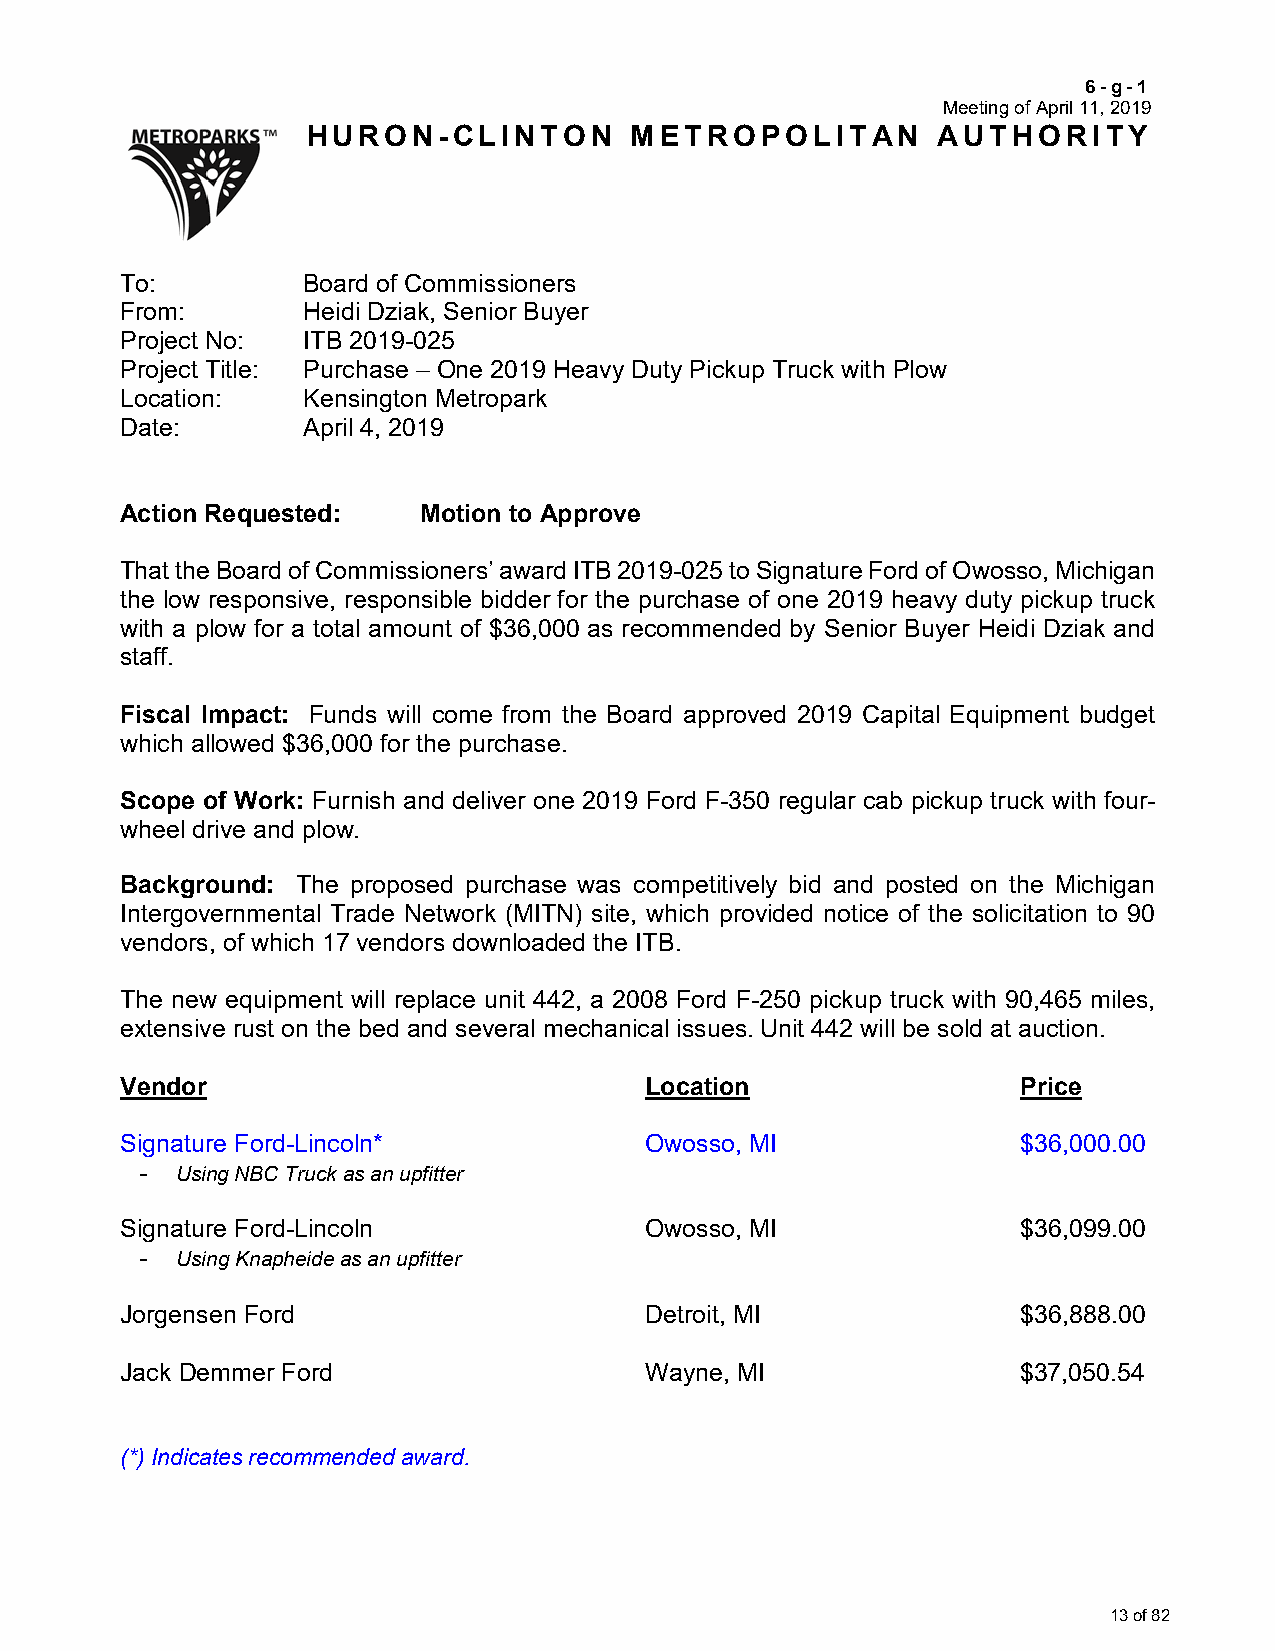
6-g-1
 Meeting of April 11, 2019
 HURON-CLINTON         METROPOLITAN        AUTHORITY
 To:         Board of Commissioners
 From:       Heidi Dziak, Senior Buyer
 Project No: ITB 2019-025
 Project Title: Purchase – One 2019 Heavy Duty Pickup Truck with Plow
 Location:   Kensington Metropark
 Date:       April 4, 2019
 Action Requested:   Motion to Approve
 That the Board of Commissioners’ award ITB 2019-025 to Signature Ford of Owosso, Michigan
 the low responsive, responsible bidder for the purchase of one 2019 heavy duty pickup truck
 with a plow for a total amount of $36,000 as recommended by Senior Buyer Heidi Dziak and
 staff.
 Fiscal Impact: Funds will come from the Board approved 2019 Capital Equipment budget
 which allowed $36,000 for the purchase.
 Scope of Work: Furnish and deliver one 2019 Ford F-350 regular cab pickup truck with four-
 wheel drive and plow.
 Background: The proposed purchase was competitively bid and posted on the Michigan
 Intergovernmental Trade Network (MITN) site, which provided notice of the solicitation to 90
 vendors, of which 17 vendors downloaded the ITB.
 The new equipment will replace unit 442, a 2008 Ford F-250 pickup truck with 90,465 miles,
 extensive rust on the bed and several mechanical issues. Unit 442 will be sold at auction.
 Vendor                             Location                 Price
 Signature Ford-Lincoln*            Owosso, MI               $36,000.00
 -  Using NBC Truck as an upfitter
 Signature Ford-Lincoln             Owosso, MI               $36,099.00
 -  Using Knapheide as an upfitter
 Jorgensen Ford                     Detroit, MI              $36,888.00
 Jack Demmer Ford                   Wayne, MI                $37,050.54
 (*) Indicates recommended award.
 13 of 82